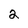
Character: 2